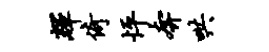
辉倚怦奔哄